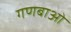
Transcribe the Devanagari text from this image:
गणबाओं